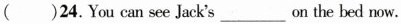
()24. You can see Jack's ___ on the bed now.